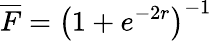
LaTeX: \overline{{F}}=\left(1+e^{-2r}\right)^{-1}